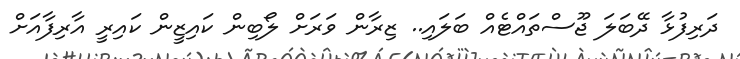
ދަރިފުޅާ ދޭބަލަ ޖޫސްތައްޓެއް ބަލައި.. ޒިރާން ވަރަށް ލޯބިން ކައިޒީން ކައިރީ އާރިފާއަށް